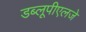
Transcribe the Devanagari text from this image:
डब्लूपीएलजे